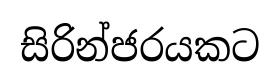
සිරින්ජරයකට